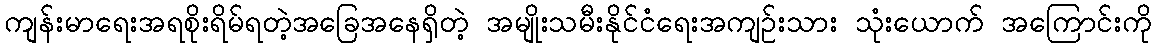
ကျန်းမာရေးအရစိုးရိမ်ရတဲ့အခြေအနေရှိတဲ့ အမျိုးသမီးနိုင်ငံရေးအကျဉ်းသား သုံးယောက် အကြောင်းကို